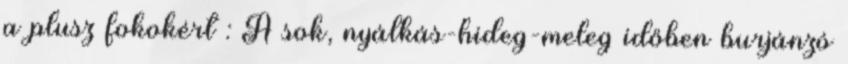
a plusz fokokért : A sok, nyálkás-hideg-meleg időben burjánzó